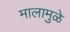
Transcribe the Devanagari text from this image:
मालामुळे